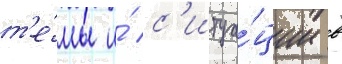
т'е́мы и́ с'итуа́ции в